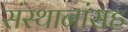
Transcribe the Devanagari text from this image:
संस्थानांसह